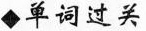
单词过关